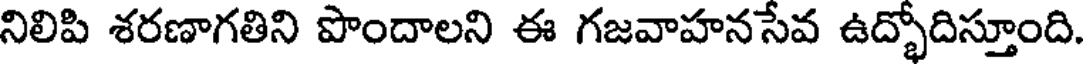
నిలిపి శరణాగతిని పొందాలని ఈ గజవాహనసేవ ఉద్భోదిస్తూంది.